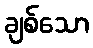
ချစ်သော